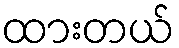
ထားတယ်